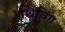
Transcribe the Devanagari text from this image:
थिविंग